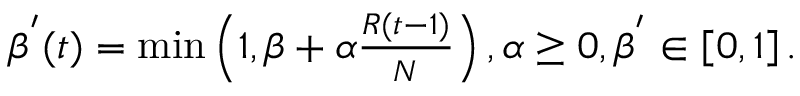
\begin{array} { r } { \beta ^ { ' } ( t ) = \operatorname* { m i n } \left( 1 , \beta + \alpha \frac { R ( t - 1 ) } { N } \right) , \alpha \geq 0 , \beta ^ { ' } \in \left[ 0 , 1 \right] . } \end{array}